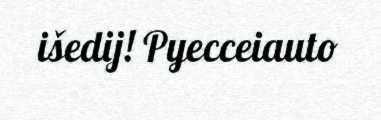
išedij! Pyecceiauto